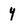
Character: y